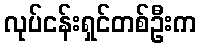
လုပ်ငန်းရှင်တစ်ဦးက